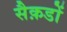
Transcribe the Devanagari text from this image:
सैक़डों